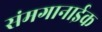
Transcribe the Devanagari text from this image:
संमगानाईक